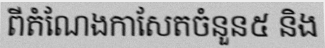
ពីតំណែងកាសែតចំនួន៥ និង